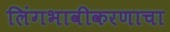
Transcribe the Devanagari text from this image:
लिंगभावीकरणाचा